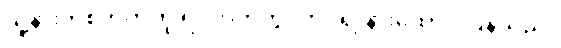
သူ့နားတစ်ဘက်ကို ရင်ဘတ်တွင်ကပ်၍ နားထောင် ပြန်သည်။